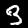
Digit: 3